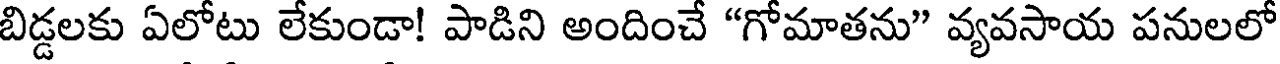
బిడ్డలకు ఏలోటు లేకుండా! పాడిని అందించే "గోమాతను" వ్యవసాయ పనులలో